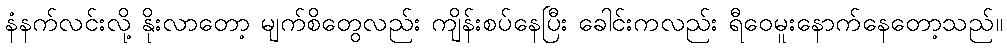
နံနက်လင်းလို့ နိုးလာတော့ မျက်စိတွေလည်း ကျိန်းစပ်နေပြီး ခေါင်းကလည်း ရီဝေမူးနောက်နေတော့သည်။